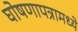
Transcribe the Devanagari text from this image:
घोषणापत्रामध्ये